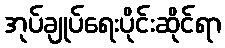
အုပ်ချုပ်ရေးပိုင်းဆိုင်ရာ